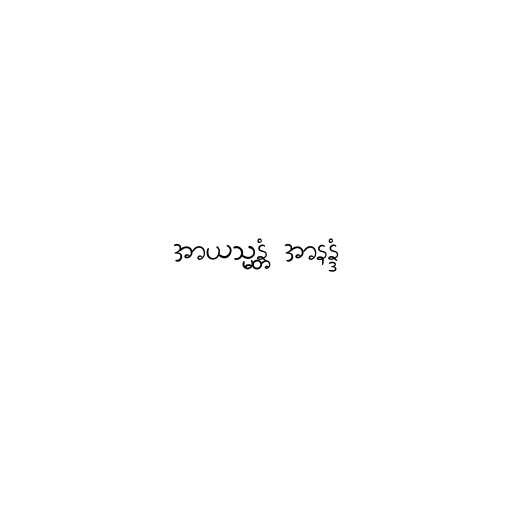
အာယသ္မန္တံ အာနန္ဒံ